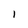
Character: 1